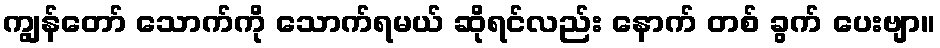
ကျွန်တော် သောက်ကို သောက်ရမယ် ဆိုရင်လည်း နောက် တစ် ခွက် ပေးဗျာ။